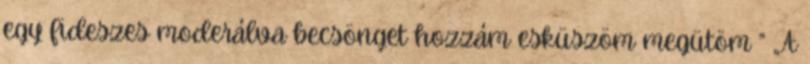
egy fideszes moderálva becsönget hozzám esküszöm megütöm ” „A